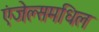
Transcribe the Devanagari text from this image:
एंजेल्समधिल